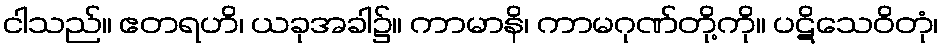
ငါသည်။ ဧတရဟိ၊ ယခုအခါ၌။ ကာမာနိ၊ ကာမဂုဏ်တို့ကို။ ပဋိသေဝိတုံ၊